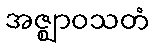
အဇ္ဈာဝသတံ